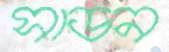
সাডন